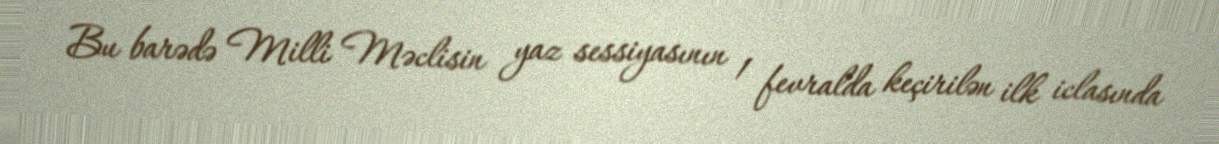
Bu barədə Milli Məclisin yaz sessiyasının 1 fevralda keçirilən ilk iclasında